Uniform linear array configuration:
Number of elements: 48
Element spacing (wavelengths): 0.25
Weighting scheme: uniform
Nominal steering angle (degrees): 0
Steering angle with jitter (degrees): -1.268
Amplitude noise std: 0.05
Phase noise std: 0.05

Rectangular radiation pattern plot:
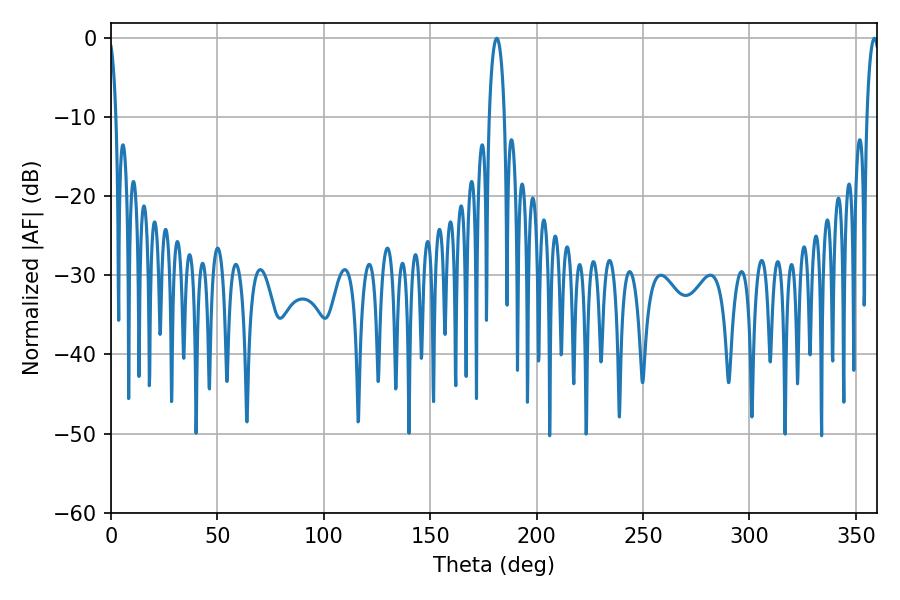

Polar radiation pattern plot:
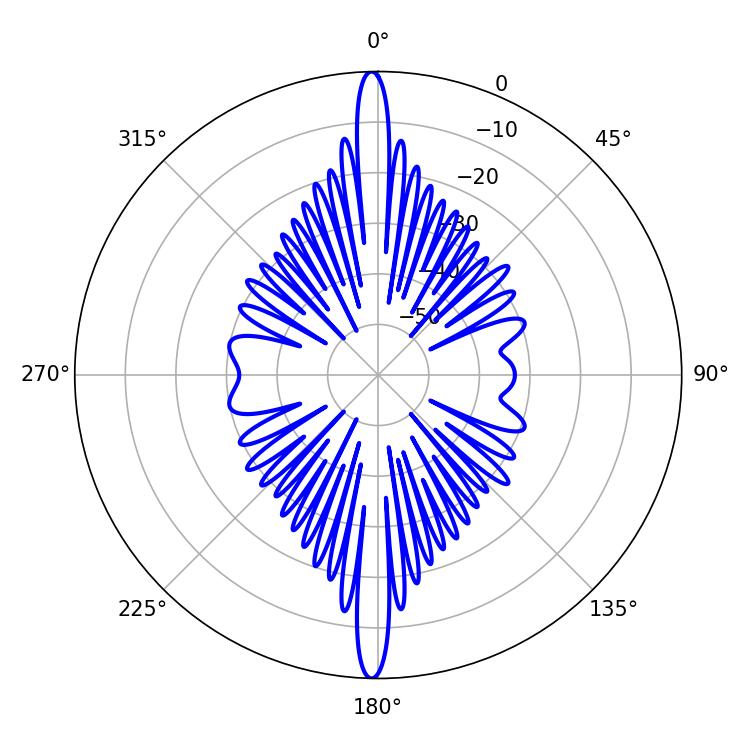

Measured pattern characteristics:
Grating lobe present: FALSE
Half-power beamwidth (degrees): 3.96
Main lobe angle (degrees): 181.26